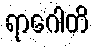
ရာဂေါတိ